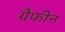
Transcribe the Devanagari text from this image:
ग्रैफीन